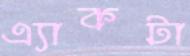
এ্যাকটা